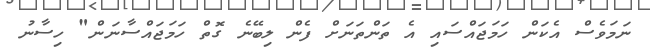
ނަމަވެސް އެކަން ހަމަޖައްސައި އެ ތަންތަނަށް ފެން ލިބޭނެ ގޮތް ހަމަޖައްސާނަން" ހިސާނު